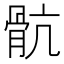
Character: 骯